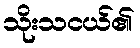
သိုးသငယ်၏